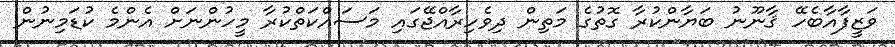
ވަޒީފާއާބެހޭ ޤާނޫނު ބަޔާންކުރާ ގޮތުގެ މަތިން ދިވެހިރާއްޖޭގައި މަސައްކަތްކުރާ މީހުންނަށް އެންމެ ކުޑަމިނުން